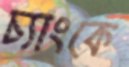
চ্যাংকে